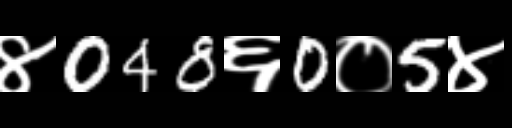
Text: ४048६0०5४